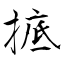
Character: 掋